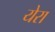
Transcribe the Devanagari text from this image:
येरा